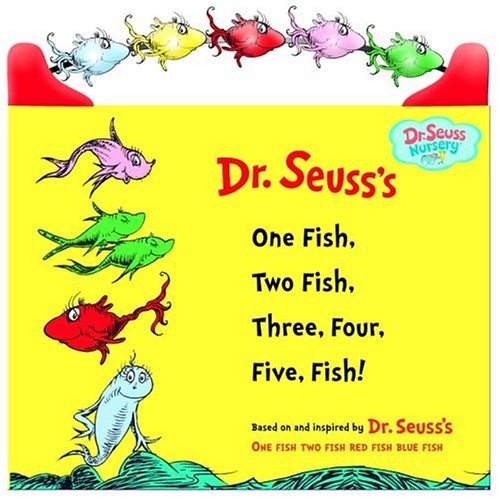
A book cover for One Fish, Two Fish, Three, Four, Five Fish (Dr. Seuss Nursery Collection); Dr. Seuss; Children's Books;